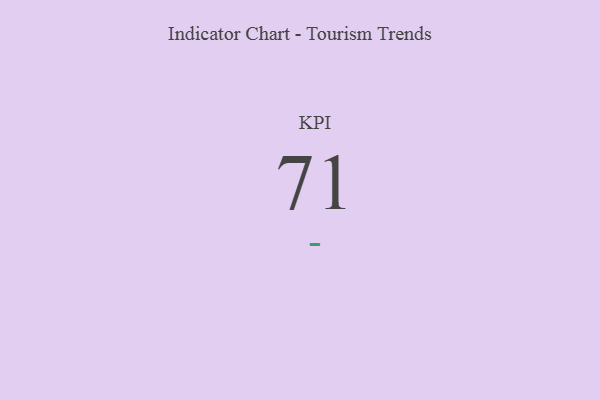
{"axis": {"x": "KPI", "y": "Value"}, "legend": [""], "data": [{"x": "KPI", "y": 71, "type": ""}]}